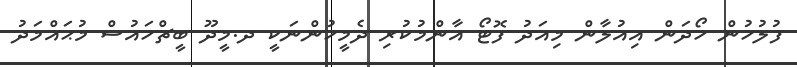
ފުލުހުން ހޯދަން އިއުލާން މިއަދު ފޮޓޯ އާންމުކުރި ދެމީހުންނަކީ ދ.މީދޫ ބީޗްހައުސް މުޙައްމަދު